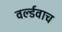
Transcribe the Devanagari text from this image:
वर्ल्डवाच